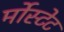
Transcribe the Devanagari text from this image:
र्मोस्टेट